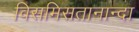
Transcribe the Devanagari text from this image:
विसमिसतानान्दा